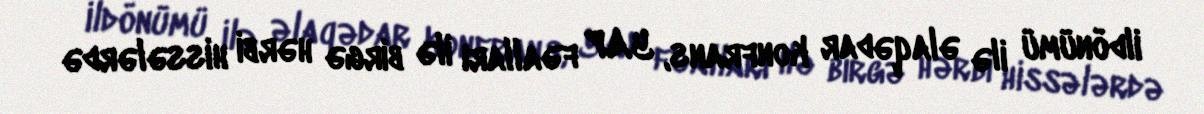
ildönümü ilə əlaqədar konfrans, YAP fəalları ilə birgə hərbi hissələrdə